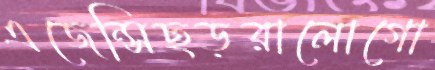
এজেন্সিছড়রালোগো